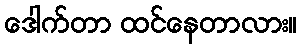
ဒေါက်တာ ထင်နေတာလား။